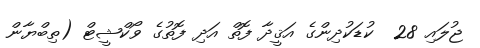
ޖުލައި 28  ކުޑަކުދިންގެ އަޤީދާ ފޮތް އަދި ފޮތުގެ ވޯކްޝީޓް (ތިބްޔާން